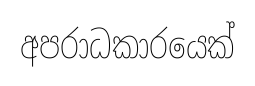
අපරාධකාරයෙක්